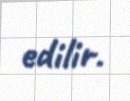
edilir.